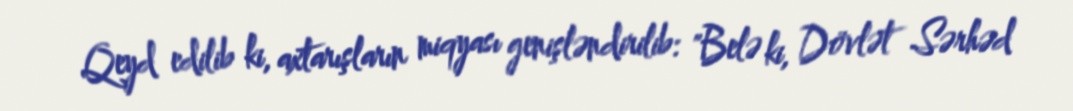
Qeyd edilib ki, axtarışların miqyası genişləndirilib: "Belə ki, Dövlət Sərhəd